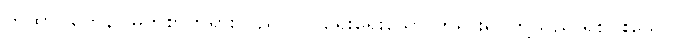
တထာဂတေန၊ မြတ်စွာဘုရားသည်။ ဝါ၊ ရှေးရှေးသော ဘုရားရှင်တို့သည် ရှစ်ပါးသော